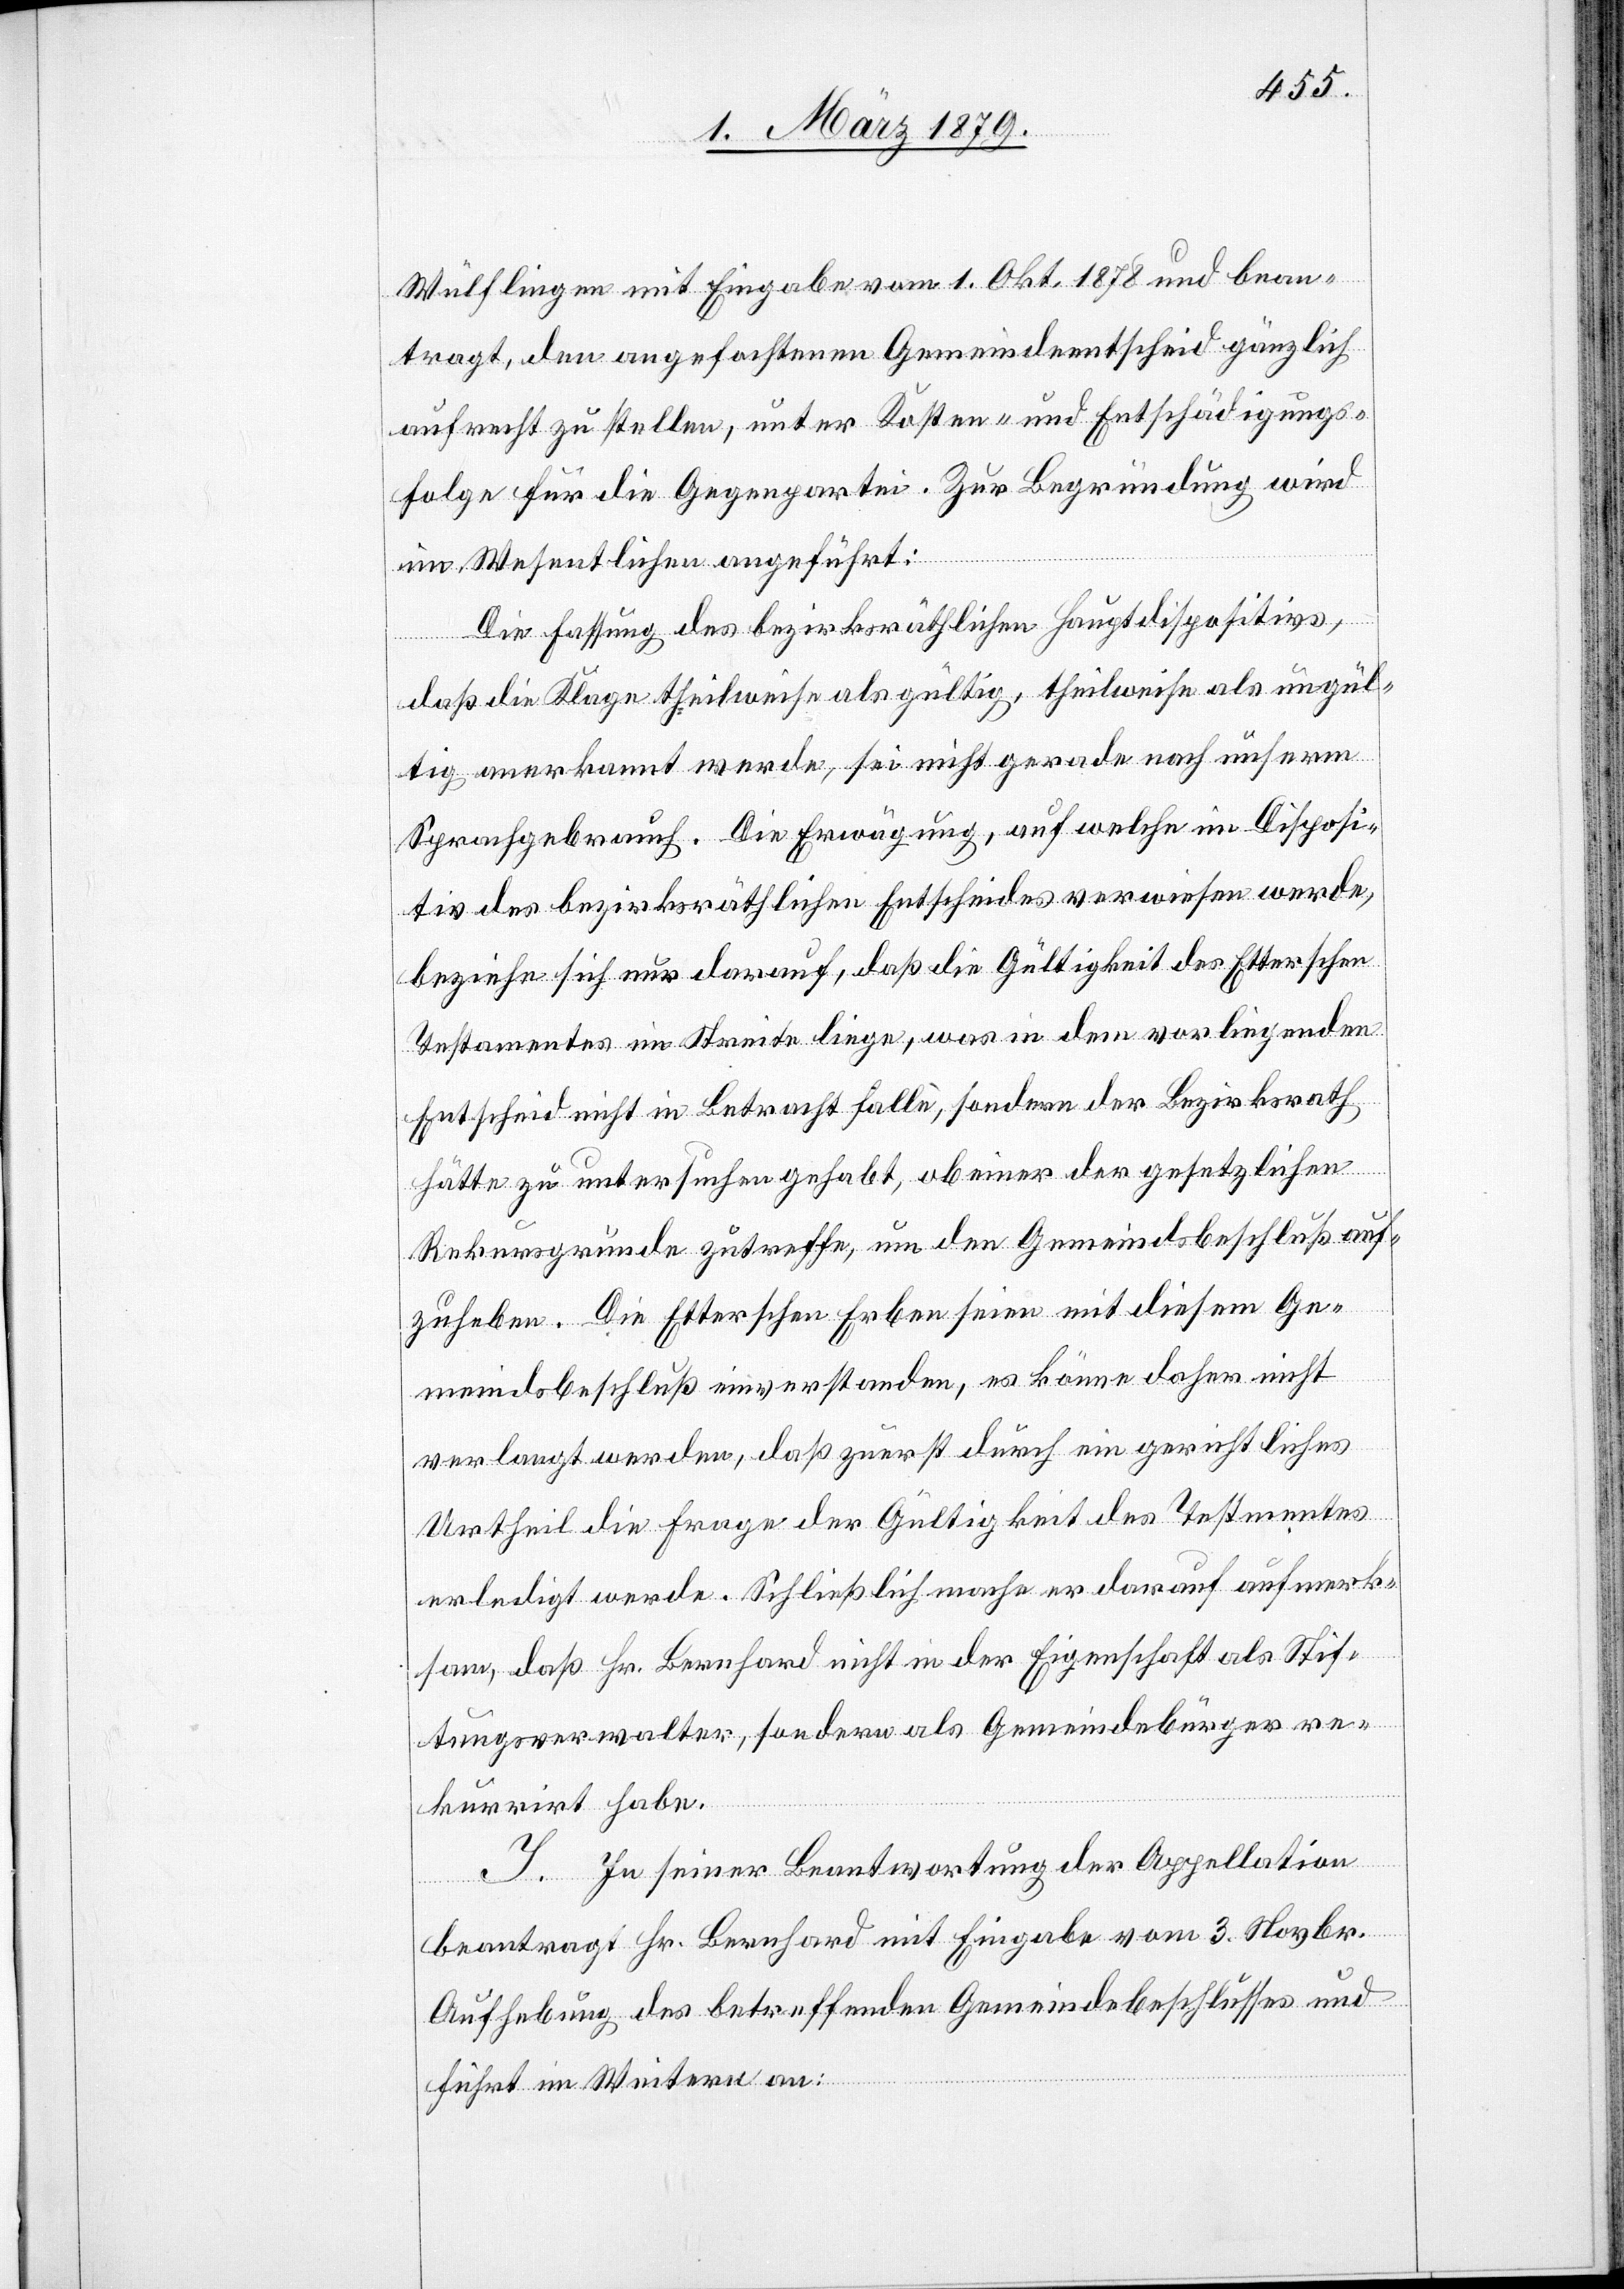
Wülflingen mit Eingabe vom 1. Okt. 1878 und bean¬
tragt, den angefochtenen Gemeindeentscheid gänzlich
aufrecht zu stellen, unter Kosten- und Entschädigungs¬
folge für die Gegenpartei. Zur Begründung wird
im Wesentlichen angeführt:
Die Fassung des bezirksräthlichen Hauptdispositivs,
daß die Klage theilweise als gültig, theilweise als ungül¬
tig anerkannt werde, sei nicht gerade nach unserm
Sprachgebrauch. Die Erwägung, auf welche im Disposi¬
tiv des bezirksräthlichen Entscheides verwiesen wurde,
beziehe sich nur darauf, daß die Gültigkeit des Etterschen
Testamentes im Streite liege, was in dem vorliegenden
Entscheid nicht in Betracht falle, sondern der Bezirksrath
hätte zu untersuchen gehabt, ob einer der gesetzlichen
Rekursgründe zutreffe, um den Gemeindsbeschluß auf¬
zuheben. Die Etterschen Erben seien mit diesem Ge¬
meindsbeschluß einverstanden, es könne daher nicht
verlangt werden, daß zuerst durch ein gerichtliches
Urtheil die Frage der Gültigkeit des Testamentes
erledigt werde. Schließlich mache er darauf aufmerk¬
sam, daß Hr. Bernhard nicht in der Eigenschaft als Stif¬
tungsverwalter, sondern als Gemeindebürger re¬
kurrirt habe.
J. In seiner Beantwortung der Appellation
beantragt Hr. Bernhard mit Eingabe vom 3. Novbr.
Aufhebung des betreffenden Gemeindebeschlusses und
führt im Weitern an: